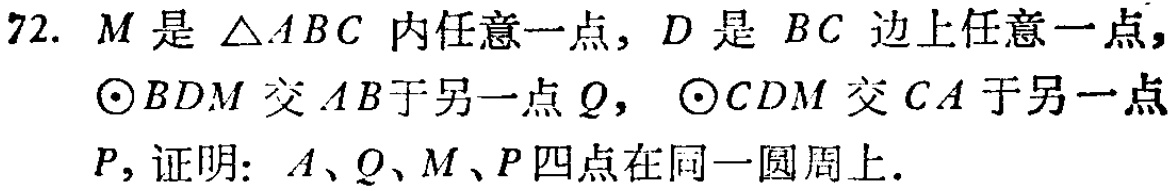
72. \(M\)是\(\triangle ABC\)内任意一点，\(D\)是\(BC\)边上任意一点，\(\odot BDM\)交\(AB\)于另一点\(Q\)，\(\odot CDM\)交\(CA\)于另一点\(P\)，证明：\(A\)、\(Q\)、\(M\)、\(P\)四点在同一圆周上.